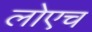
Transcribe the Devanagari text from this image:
लोएच